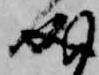
成